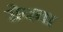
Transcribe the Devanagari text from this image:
रोपचा